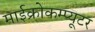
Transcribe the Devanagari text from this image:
माईक्रोकम्प्यूटर